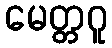
မေတ္တဂူ